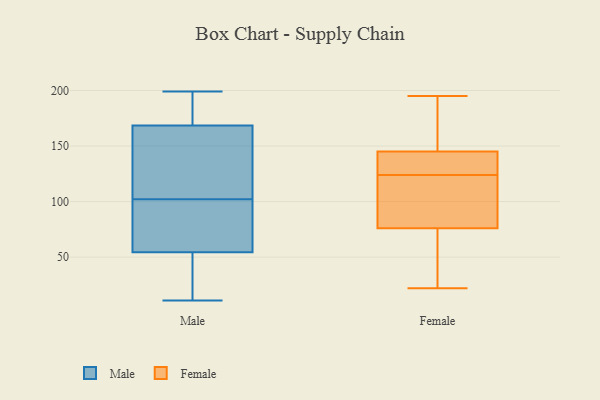
{"axis": {"x": "Bounce Rate (%)", "y": "Value"}, "legend": ["Female", "Male"], "data": [{"x": "", "y": 199, "type": "Male"}, {"x": "", "y": 30, "type": "Male"}, {"x": "", "y": 44, "type": "Male"}, {"x": "", "y": 102, "type": "Male"}, {"x": "", "y": 188, "type": "Male"}, {"x": "", "y": 89, "type": "Male"}, {"x": "", "y": 11, "type": "Male"}, {"x": "", "y": 167, "type": "Male"}, {"x": "", "y": 107, "type": "Male"}, {"x": "", "y": 85, "type": "Male"}, {"x": "", "y": 169, "type": "Male"}, {"x": "", "y": 126, "type": "Female"}, {"x": "", "y": 145, "type": "Female"}, {"x": "", "y": 123, "type": "Female"}, {"x": "", "y": 195, "type": "Female"}, {"x": "", "y": 93, "type": "Female"}, {"x": "", "y": 136, "type": "Female"}, {"x": "", "y": 185, "type": "Female"}, {"x": "", "y": 51, "type": "Female"}, {"x": "", "y": 77, "type": "Female"}, {"x": "", "y": 125, "type": "Female"}, {"x": "", "y": 146, "type": "Female"}, {"x": "", "y": 64, "type": "Female"}, {"x": "", "y": 76, "type": "Female"}, {"x": "", "y": 22, "type": "Female"}]}